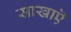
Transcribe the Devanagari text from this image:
साखाऎ